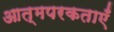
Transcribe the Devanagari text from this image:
आत्मपरकताएँ